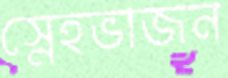
স্নেহভাজন